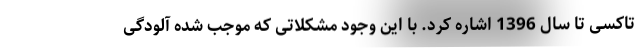
تاکسی تا سال 1396 اشاره کرد. با این وجود مشکلاتی که موجب شده آلودگی